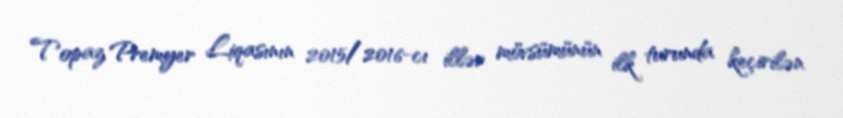
Topaz Premyer Liqasının 2015/2016-cı illər mövsümünün ilk turunda keçirilən